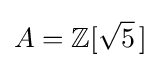
A=\mathbb {Z} [{\sqrt {5}}\,]